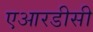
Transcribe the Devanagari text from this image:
एआरडीसी